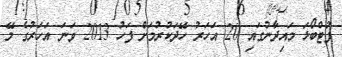
ފުޓްބޯޅަ މައިދާނުގައި 20 އަހަރު ހޭދަކުރުމަށް ފަހު 2013 ވަނަ އަހަރުގެ މޭ